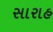
સારાહ